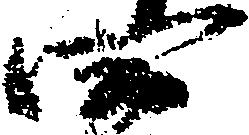
四